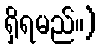
ရှိရမည်။)